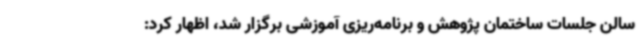
سالن جلسات ساختمان پژوهش و برنامه‌ریزی آموزشی برگزار شد، اظهار کرد: